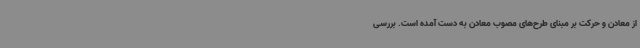
از معادن و حرکت بر مبنای طرح‌های مصوب معادن به دست آمده است. بررسی